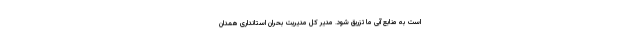
است به منابع آبی ما تزریق شود. مدیر کل مدیریت بحران استانداری همدان